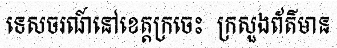
ទេសចរណ៍នៅខេត្តក្រចេះ  ក្រសួងព័ត៌មាន